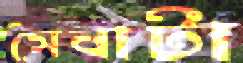
সেবাটা